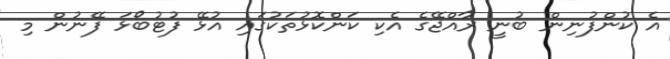
އެ ކުންފުނިން ބުނީ ރާއްޖޭގެ އެކި ކަންކޮޅުތަކުގައި އުޅޭ ފުޓުބޯޅަ ފޭނުން މި